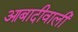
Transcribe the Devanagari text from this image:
आबादीवाली